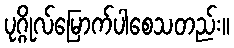
ပုဂ္ဂိုလ်မြောက်ပါစေသတည်း။